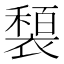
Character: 𫌍